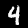
Label: 4